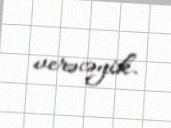
verəcəyik.